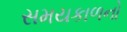
સમયકાળનો